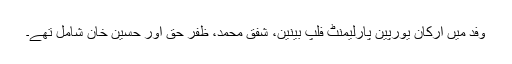
وفد میں ارکان یورپین پارلیمنٹ فلپ بینین، شفق محمد، ظفر حق اور حسین خان شامل تھے۔